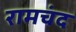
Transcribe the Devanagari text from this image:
रामचंद